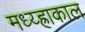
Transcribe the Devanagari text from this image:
मध्य्ह्राकाल